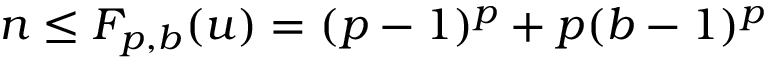
n \leq F _ { p , b } ( u ) = ( p - 1 ) ^ { p } + p ( b - 1 ) ^ { p }